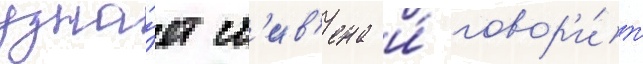
узна́ет ст'ив'ена и́ говор'и́т